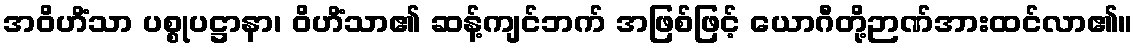
အဝိဟိံသာ ပစ္စုပဋ္ဌာနာ၊ ဝိဟိံသာ၏ ဆန့်ကျင်ဘက် အဖြစ်ဖြင့် ယောဂီတို့ဉာဏ်အားထင်လာ၏။